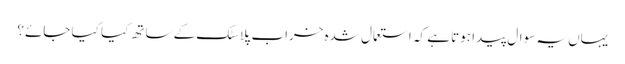
یہاں یہ سوال پیدا ہوتا ہے کہ استعمال شدہ خراب پلاسٹک کے ساتھ کیا کیا جائے؟